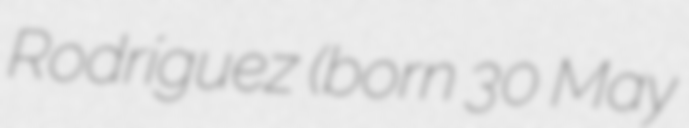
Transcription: Rodríguez (born 30 May